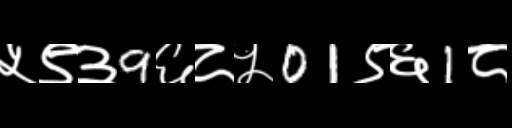
Text: ५९३9६८५01९६1८